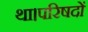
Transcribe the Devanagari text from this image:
था।परिषदों